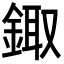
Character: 鋷